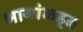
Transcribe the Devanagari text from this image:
भागांकडून